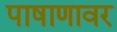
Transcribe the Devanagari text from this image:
पाषाणावर